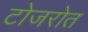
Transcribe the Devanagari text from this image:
टोजरोत